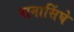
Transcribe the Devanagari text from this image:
रानासिंघे